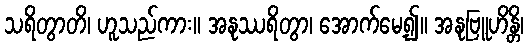
သရိတွာတိ၊ ဟူသည်ကား။ အနုဿရိတွာ၊ အောက်မေ့၍။ အနုဗြူဟိန္တိ၊